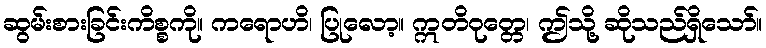
ဆွမ်းစားခြင်းကိစ္စကို။ ကရောဟိ၊ ပြုလော့။ ဣတိဝုတ္တေ၊ ဤသို့ ဆိုသည်ရှိသော်။